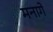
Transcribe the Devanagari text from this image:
मनागे